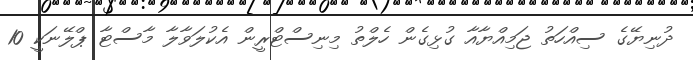
ދުނިޔޭގެ ސިއްހަތު ޖަމިއްޔާއާ ގުޅިގެން ހެލްތު މިނިސްޓްރީން އެކުލަވާލާ މާސްޓާ ޕްލޭނަކީ 10